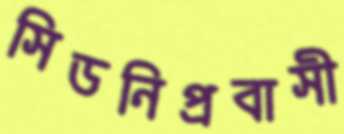
সিডনিপ্রবাসী